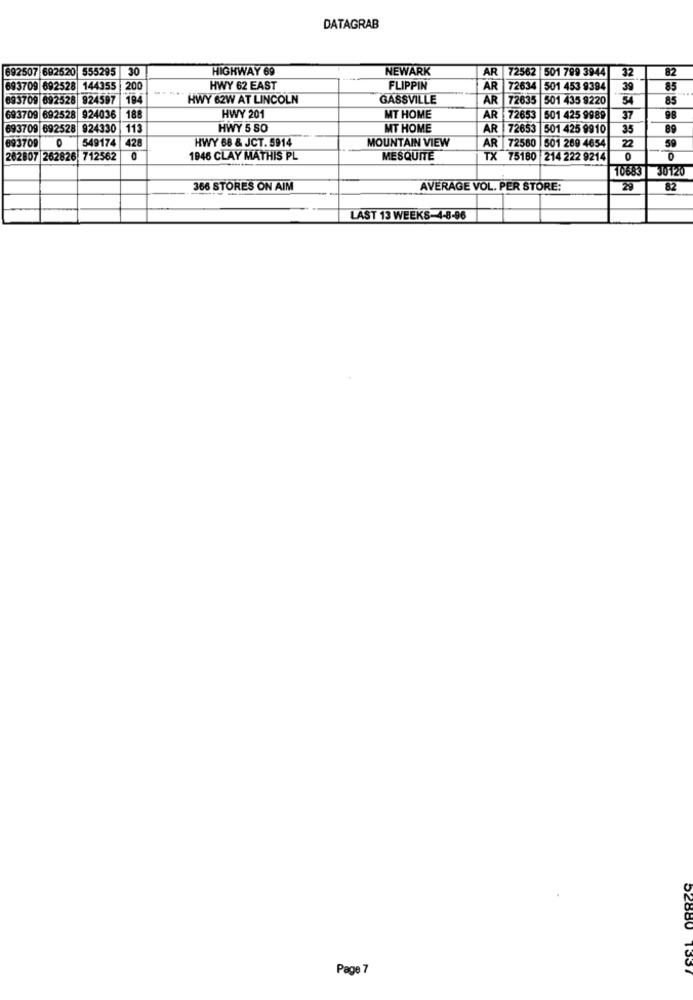
DATAGRAB
692507 692520 555295 30
HIGHWAY 69
NEWARK
AR 72562 501 799 3944
32
82
693709 692528 144355 |200
HWY 62 EAST
FLIPPIN
AR 72634 501 453 9394
39
85
693709 692528 924597
794
HWY 62W AT LINCOLN
GASSVILLE
AR
72635
501 435 9220
54
85
693709 692528 924036
188
HWY 201
MT HOME
AR 72653 501 425 9989
37
693709 692528 924330
113
HWY 5 SO
MT HOME
AR 72653 501 425 9910
35
89
893709
549174
428
HWY 68 & JCT. 5914
MOUNTAIN VIEW
22
AR 72560 501 269 4654
262807 262826 712562
0
1946 CLAY MATHIS PL
MESQUITE
TX 75180 214 222 9214
0
0
10683
30120
366 STORES ON AIM
AVERAGE VOL. PER STORE:
29
82
LAST 13 WEEKS-4-8-96
Page 7
52880 1337